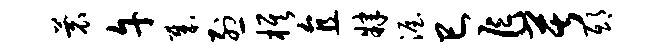
蓑午哉烈旗直肄渥巳乍苦邸